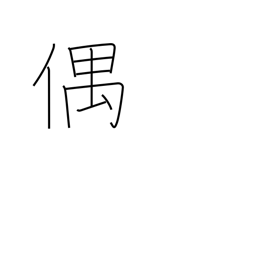
Meaning: accidentally